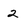
Character: 2